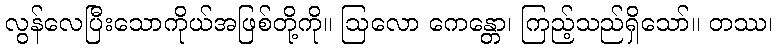
လွန်လေပြီးသောကိုယ်အဖြစ်တို့ကို။ ဩလော ကေန္တော၊ ကြည့်သည်ရှိသော်။ တဿ၊